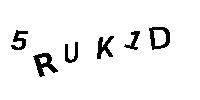
5RUK1D